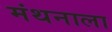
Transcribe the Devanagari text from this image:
मंथनाला